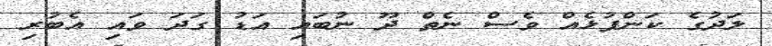
ލަދުގެ ކަންފުޅެއް ވެސް ނެތް ދޫ ނުބައި އަޑު ގަދަ ވައި އެބުރި